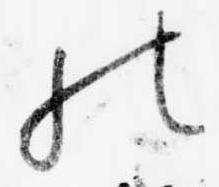
の